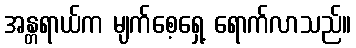
အန္တရာယ်က မျက်စေ့ရှေ့ ရောက်လာသည်။